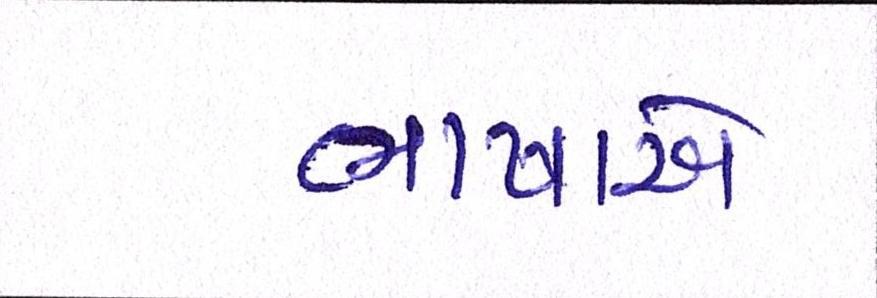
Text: ભાષાએ